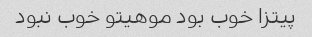
پیتزا خوب بود موهیتو خوب نبود